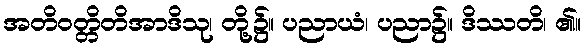
အတိဝတ္တိတိအာဒိသု၊ တို့၌။ ပညာယံ၊ ပညာ၌။ ဒိဿတိ၊ ၏။